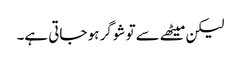
لیکن میٹھے سے تو شوگر ہو جاتی ہے۔